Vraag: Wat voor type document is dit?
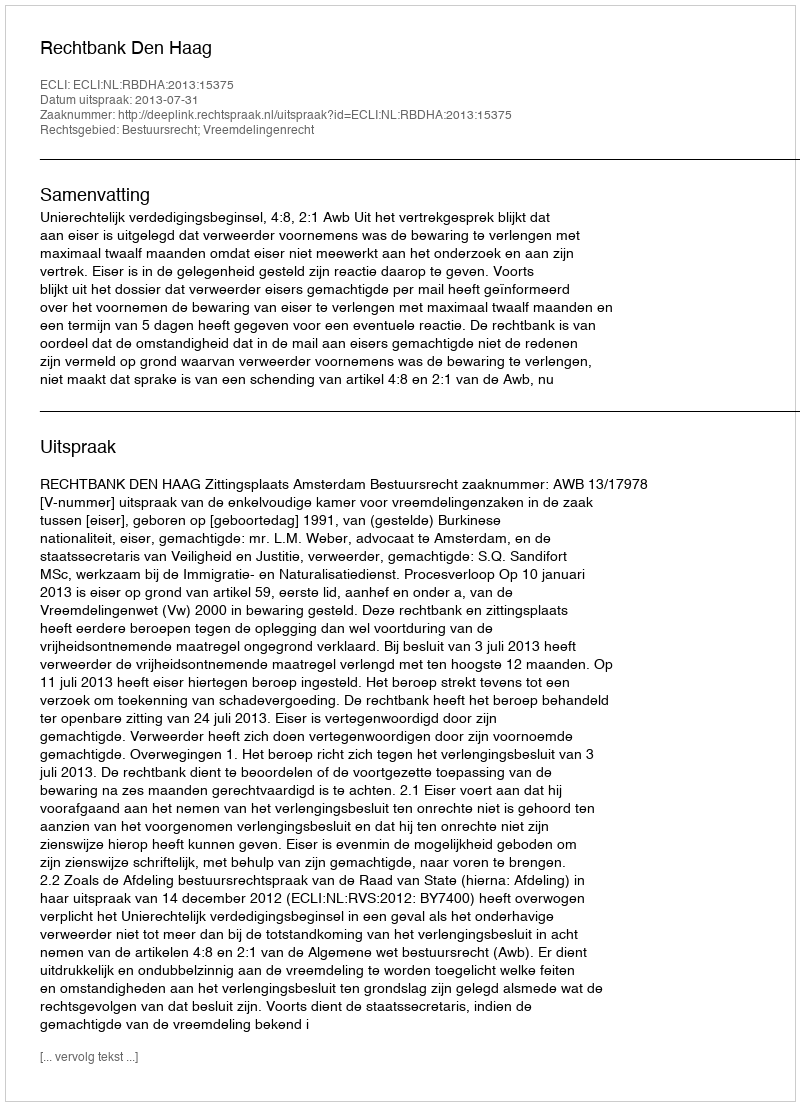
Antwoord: Uitspraak